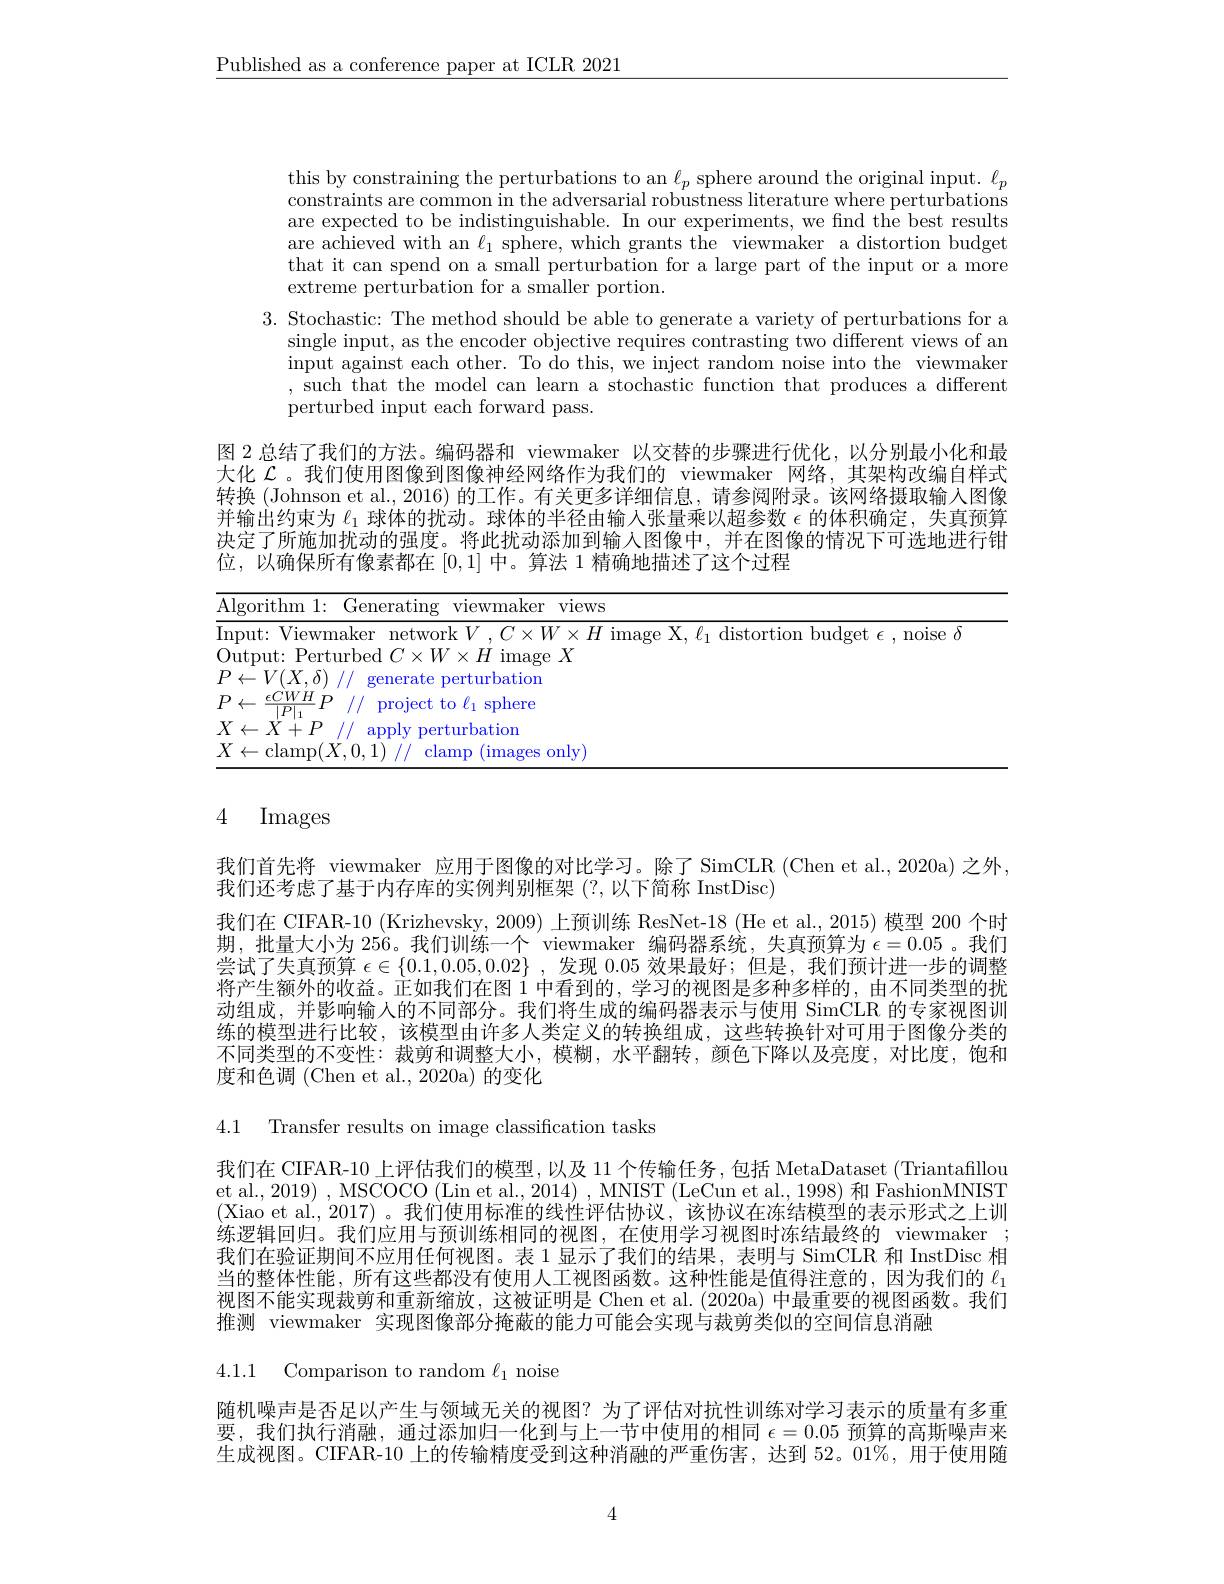
$\underline{\text{Published as a conference paper at ICLR 2021}}$

this by constraining the perturbations to an $\ell_p$ sphere around the original input. $\ell_p$ constraints are common in the adversarial robustness literature where perturbations are expected to be indistinguishable. In our experiments, we find the best results are achieved with an $\ell_1$ sphere, which grants the viewmaker a distortion budget that it can spend on a small perturbation for a large part of the input or a more extreme perturbation for a smaller portion.
3. Stochastic: The method should be able to generate a variety of perturbations for a
single input, as the encoder objective requires contrasting two different views of an input against each other. To do this, we inject random noise into the viewmaker ,such that the model can learn a stochastic function that produces a different perturbed input each forward pass.
图 2 总结了我们的方法。编码器和 viewmaker 以交替的步骤进行优化，以分别最小化和最大化$\mathcal{L}$。我们使用图像到图像神经网络作为我们的 viewmaker 网络，其架构改编自样式转换 (Johnson et al., 2016) 的工作。有关更多详细信息，请参阅附录。该网络摄取输人图像并输出约束为$\ell_1$球体的扰动。球体的半径由输入张量乘以超参数$\epsilon$的体积确定，失真预算决定了所施加扰动的强度。将此扰动添加到输入图像中，并在图像的情况下可选地进行钳位，以确保所有像素都在[0,1]中。算法 1 精确地描述了这个过程

<table>
	<tbody>
		<tr>
			<td>$\overline{\mathrm{Al}_{\xi}}$ 1</td>
			<td>$\" {i}$thm1: ieneratino viewmaker views</td>
		</tr>
		<tr>
			<td>$\overline{\mathrm{In}}$ </td>
			<td>nolse</td>
		</tr>
		<tr>
			<td>$1U$ $\left(1\right)$</td>
			<td>imao$\rhoX$</td>
		</tr>
		<tr>
			<td>$D$ $I$</td>
			<td>$V(X.\delta)$ generate perturbation</td>
		</tr>
		<tr>
			<td>$F$ T</td>
			<td>$\epsilon CWH$ TD project to $\ell_{1}$ sphere $|P|$</td>
		</tr>
		<tr>
			<td>$X$ T </td>
			<td>ann|v v perturbation</td>
		</tr>
		<tr>
			<td>$X$ T</td>
			<td>$\cdot|$amn$(X_{0}1)$ (images onlv</td>
		</tr>
	</tbody>
</table>

# 4 Images

我们首先将 viewmaker 应用于图像的对比学习。除了 SimCLR (Chen et al.,2020a)之外，
我们还考虑了基于内存库的实例判别框架 (?,以下简称 InstDisc)
我们在 CIFAR-10 (Krizhevsky, 2009) 上预训练 ResNet-18 (He et al., 2015) 模型 200 个时期，批量大小为 256。我们训练一个 viewmaker 编码器系统，失真预算为$\epsilon=0.05$ 。我们尝试了失真预算 $\epsilon\in\{0.1,0.05,0.02\}~,~$发现 $0.05~$效果最好；但是，我们预计进一步的调整将产生额外的收益。正如我们在图$i$中看到的，学习的视图是多种多样的，由不同类型的扰动组成，并影响输人的不同部分。我们将生成的编码器表示与使用 SimCLR 的专家视图训练的模型进行比较，该模型由许多人类定义的转换组成，这些转换针对可用于图像分类的不同类型的不变性：裁剪和调整大小，模糊，水平翻转，颜色下降以及亮度，对比度，饱和度和色调 (Chen et al., 2020a) 的变化

4.1 Transfer results on image classification tasks

我们在 CIFAR-10 上评估我们的模型，以及 11 个传输任务，包括 MetaDataset (Triantafillou et al., 2019) , MSCOCO (Lin et al., 2014) , MNIST (LeCun et al., 1998) 和 FashionMNIST (Xiao et al., 2017)。我们使用标准的线性评估协议，该协议在冻结模型的表示形式之上训练逻辑回归。我们应用与预训练相同的视图，在使用学习视图时冻结最终的 viewmaker ; 我们在验证期间不应用任何视图。表 1 显示了我们的结果，表明与 SimCLR 和 InstDisc 相当的整体性能，所有这些都没有使用人工视图函数。这种性能是值得注意的，因为我们的$\ell_1$ 视图不能实现裁剪和重新缩放，这被证明是 Chen et al. (2020a) 中最重要的视图函数。我们推测 viewmaker 实现图像部分掩蔽的能力可能会实现与裁剪类似的空间信息消融

4.1.1 Comparison to random $\ell_1$ noise

随机噪声是否足以产生与领域无关的视图？为了评估对抗性训练对学习表示的质量有多重要，我们执行消融，通过添加归一化到与上一节中使用的相同$\epsilon=0.05$预算的高斯噪声来生成视图。CIFAR-10 上的传输精度受到这种消融的严重伤害，达到 52。01%,用于使用随

4